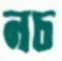
নচ